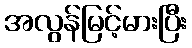
အလွန်မြင့်မားပြီး